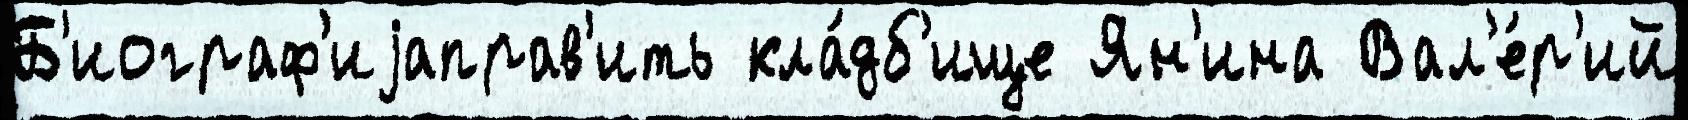
Б'иограф'иjаправ'ить кла́дб'ище Ян'ина Вал'е́р'ий